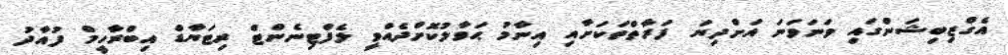
އެގްޒިބިޝަންގައި ވަނަވަނަ އަށްދިޔަ ފަރާތްތަކަށާއި އިނާމު ޙަވާލުކޮށްދެއްވީ ލެފްޓިނެންޓް ރިޓަޔާޑް އިބްރާހީމް ފުއާދު